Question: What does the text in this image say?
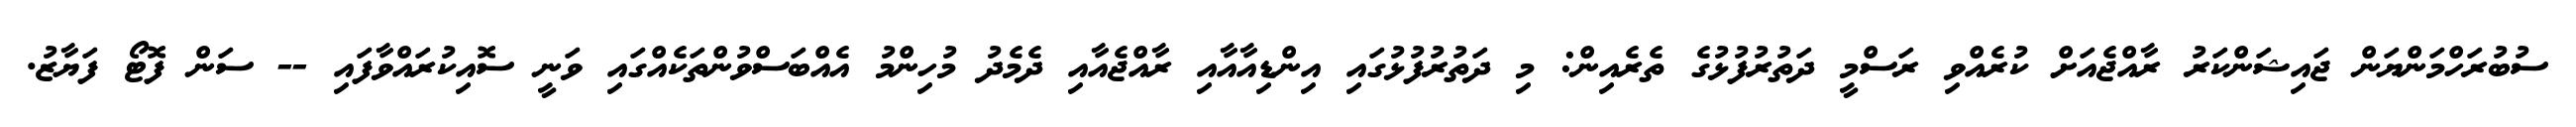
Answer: ސުބުރަހްމަންޔަން ޖައިޝަންކަރު ރާއްޖެއަށް ކުރެއްވި ރަސްމީ ދަތުރުފުޅުގެ ތެރެއިން: މި ދަތުރުފުޅުގައި އިންޑިއާއާއި ރާއްޖެއާއި ދެމެދު މުހިންމު އެއްބަސްވުންތަކެއްގައި ވަނީ ސޮއިކުރައްވާފައި -- ސަން ފޮޓޯ ފަޔާޒު.